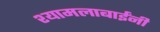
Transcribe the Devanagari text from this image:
श्यामलाबाईंनी